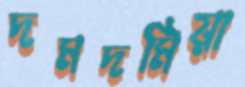
দমদমিয়া